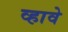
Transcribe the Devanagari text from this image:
व्‍हावे